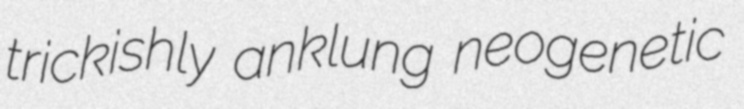
trickishly anklung neogenetic